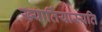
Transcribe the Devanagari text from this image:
ख्यार्तियास्यति